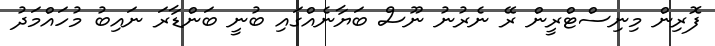
ފޮރިން މިނިސްޓްރީން ރޭ ނެރުނު ނޫސް ބަޔާނެއްގައި ބުނީ ބަންޑާރަ ނައިބު މުހައްމަދު